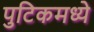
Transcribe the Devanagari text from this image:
पुटिकमध्ये